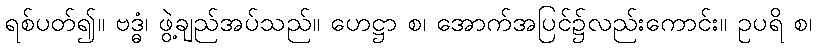
ရစ်ပတ်၍။ ဗဒ္ဓံ၊ ဖွဲ့ချည်အပ်သည်။ ဟေဋ္ဌာ စ၊ အောက်အပြင်၌လည်းကောင်း။ ဥပရိ စ၊